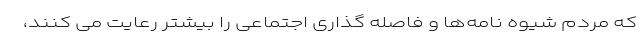
که مردم شیوه نامه‌ها و فاصله گذاری اجتماعی را بیشتر رعایت می کنند،